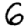
Digit: 6